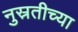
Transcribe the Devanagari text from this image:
नुस्रतीच्या